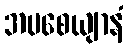
အပစေယျာနံ